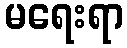
မရေးရာ